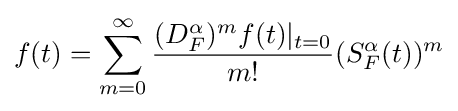
f(t)=\sum _{m=0}^{\infty }{\frac {(D_{F}^{\alpha })^{m}f(t)|_{t=0}}{m!}}(S_{F}^{\alpha }(t))^{m}